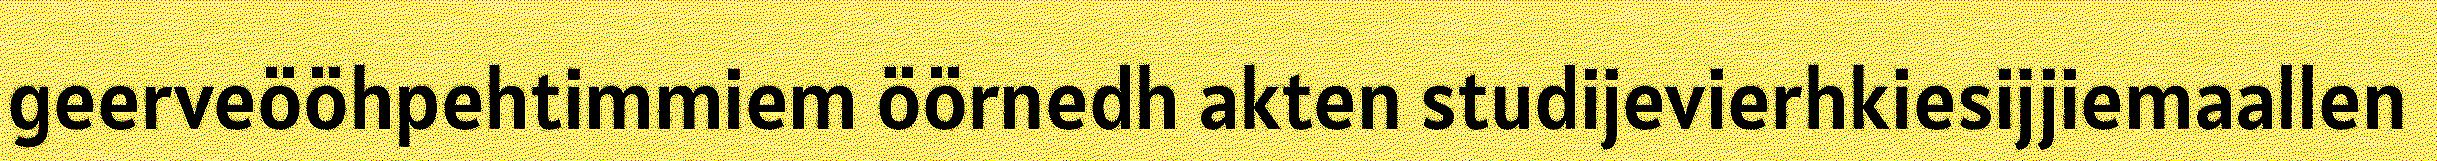
geerveööhpehtimmiem öörnedh akten studijevierhkiesijjiemaallen